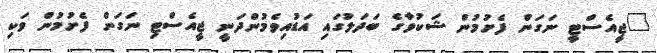
"ޖީއެސްޓީ ނަގަން ފެށުމުން ޝަކުވާގެ ބަދަލުގައި އަޑުއިވެމުންދަނީ ޖީއެސްޓި ނަގަން ފެށުމުން ވަކި